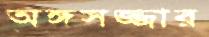
অঙ্গসজ্জার